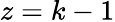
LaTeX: z=k-1